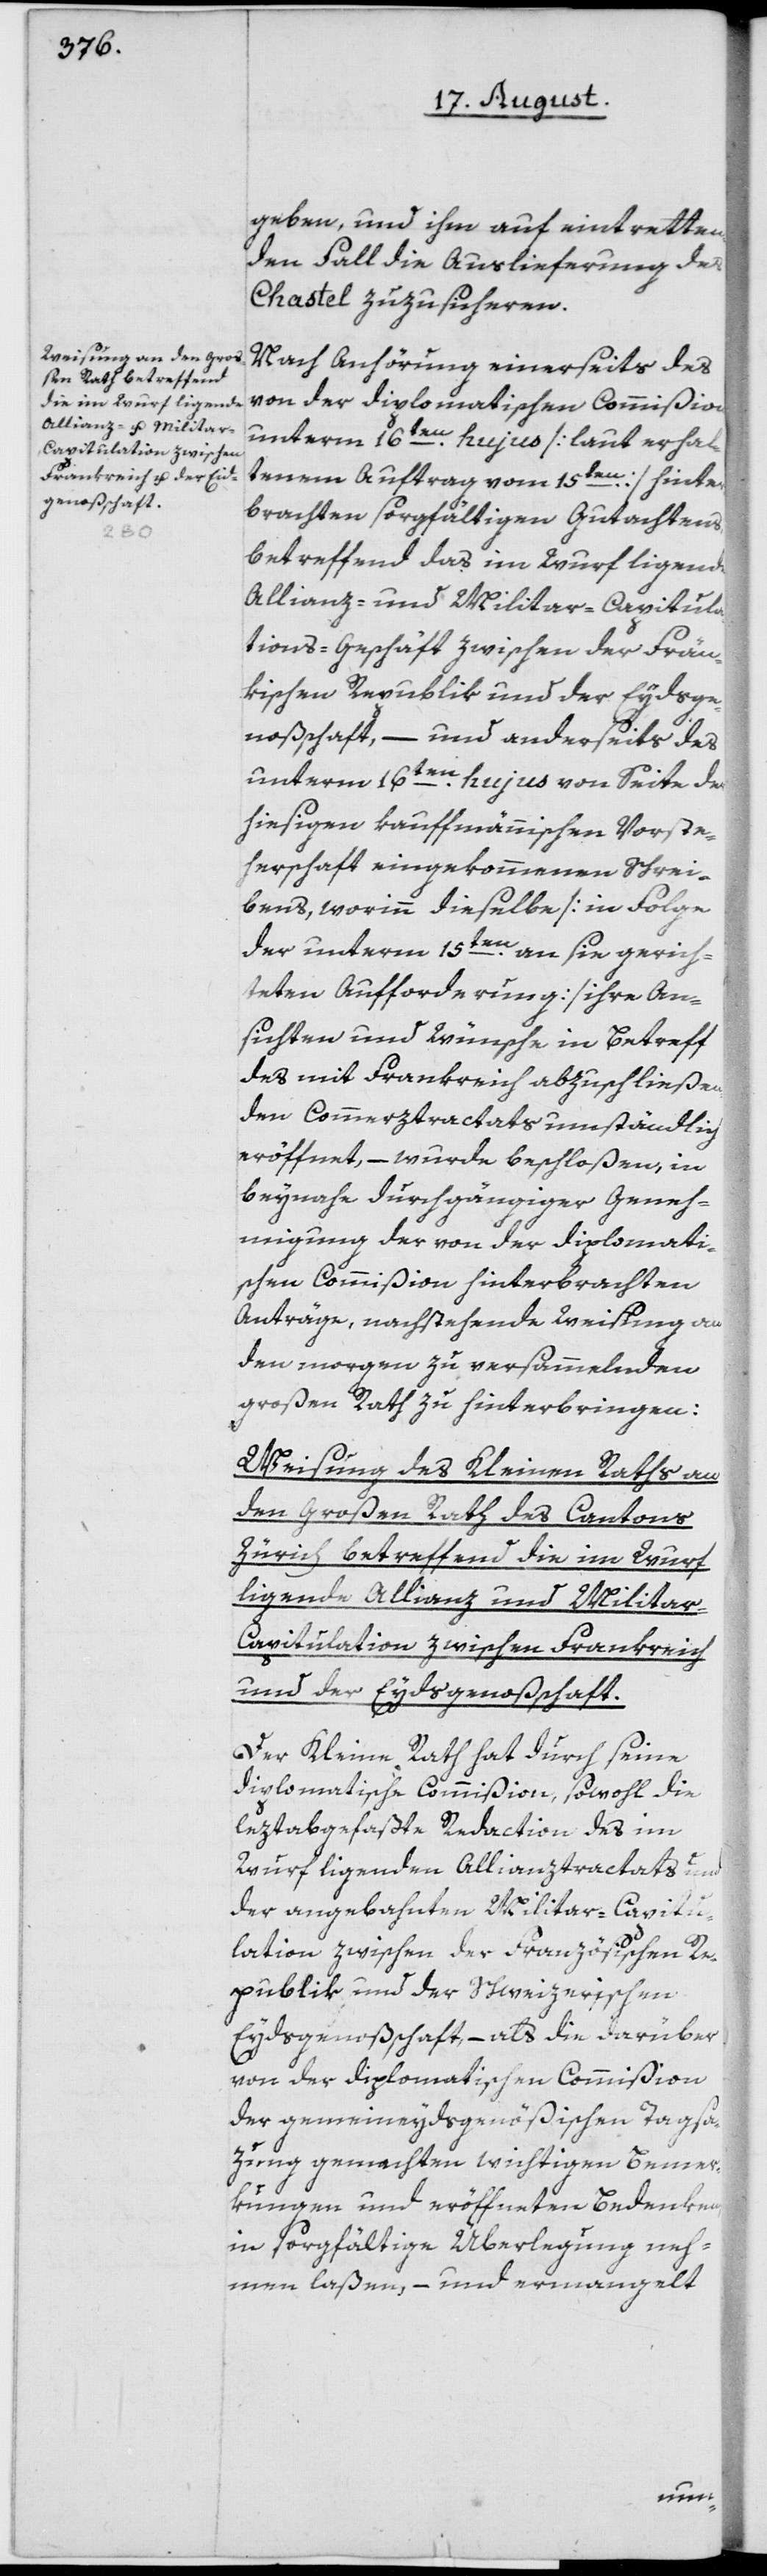
geben, und ihm auf eintretten¬
den Fall die Auslieferung des
Chastel zuzusicheren.
Nach Anhörung einerseits des
von der diplomatischen Commißion
unterm 16ten hujus [laut erhal¬
tenem Auftrag vom 15ten] hinter¬
brachten sorgfältigen Gutachtens,
betreffend das im Wurf ligende
Allianz- und Militar-Capitula¬
tions-Geschäft zwischen der Frän¬
kischen Republik und der Eydsge¬
noßschaft, – und anderseits des
unterm 16ten hujus von Seite der
hiesigen kauffmännischen Vorste¬
herschaft eingekommenen Schrei¬
bens, worinn dieselbe [in Folge
der unterm 15ten an sie gerich¬
teten Aufforderung] ihre An¬
sichten und Wünsche in Betreff
des mit Frankreich abzuschließen¬
den Commerztractats umständlich
eröffnet, – wurde beschloßen, in
beynahe durchgängiger Geneh¬
migung der von der diplomati¬
schen Commißion hinterbrachten
Anträge, nachstehende Weisung an
den morgen zu versammelnden
Großen Rath zu hinterbringen:
Weisung des Kleinen Raths an
den Großen Rath des Cantons
Zürich betreffend die im Wurf
ligende Allianz und Militar-C¬
apitulation zwischen Frankreich
und der Eydsgenoßschaft.
Der Kleine Rath hat durch seine
diplomatische Commißion, sowohl die
leztabgefaßte Redaction des im
Wurf ligenden Allianztractats und
der angebahnten Militar-Capitu¬
lation zwischen der Französischen Re¬
publik und der Schweizerischen
Eydsgenoßschaft, – als die darüber
von der diplomatischen Commißion
der gemeineydsgenößischen Tagsa¬
zung gemachten wichtigen Bemer¬
kungen und eröffneten Bedenken,
in sorgfältige Überlegung neh¬
men laßen, – und ermangelt